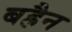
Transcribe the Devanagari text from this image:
बह्रैन